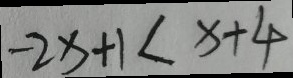
- 2 x + 1 < x + 4